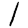
Digit: 1